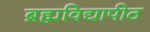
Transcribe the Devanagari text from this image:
ब्रह्मविद्यापीठ